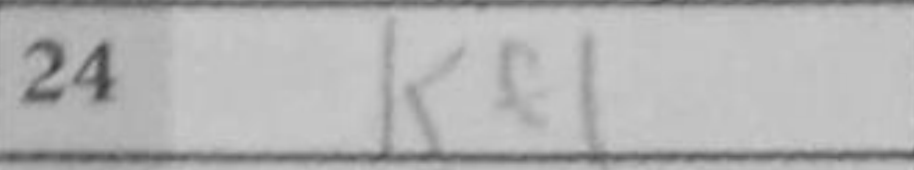
Transcription: Kf1